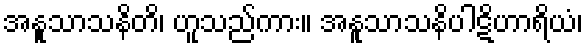
အနူသာသနိတိ၊ ဟူသည်ကား။ အနူသာသနိပါဋိဟာရိယံ၊